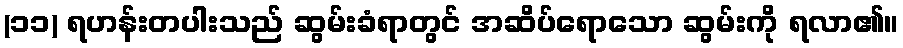
(၁၁) ရဟန်းတပါးသည် ဆွမ်းခံရာတွင် အဆိပ်ရောသော ဆွမ်းကို ရလာ၏။